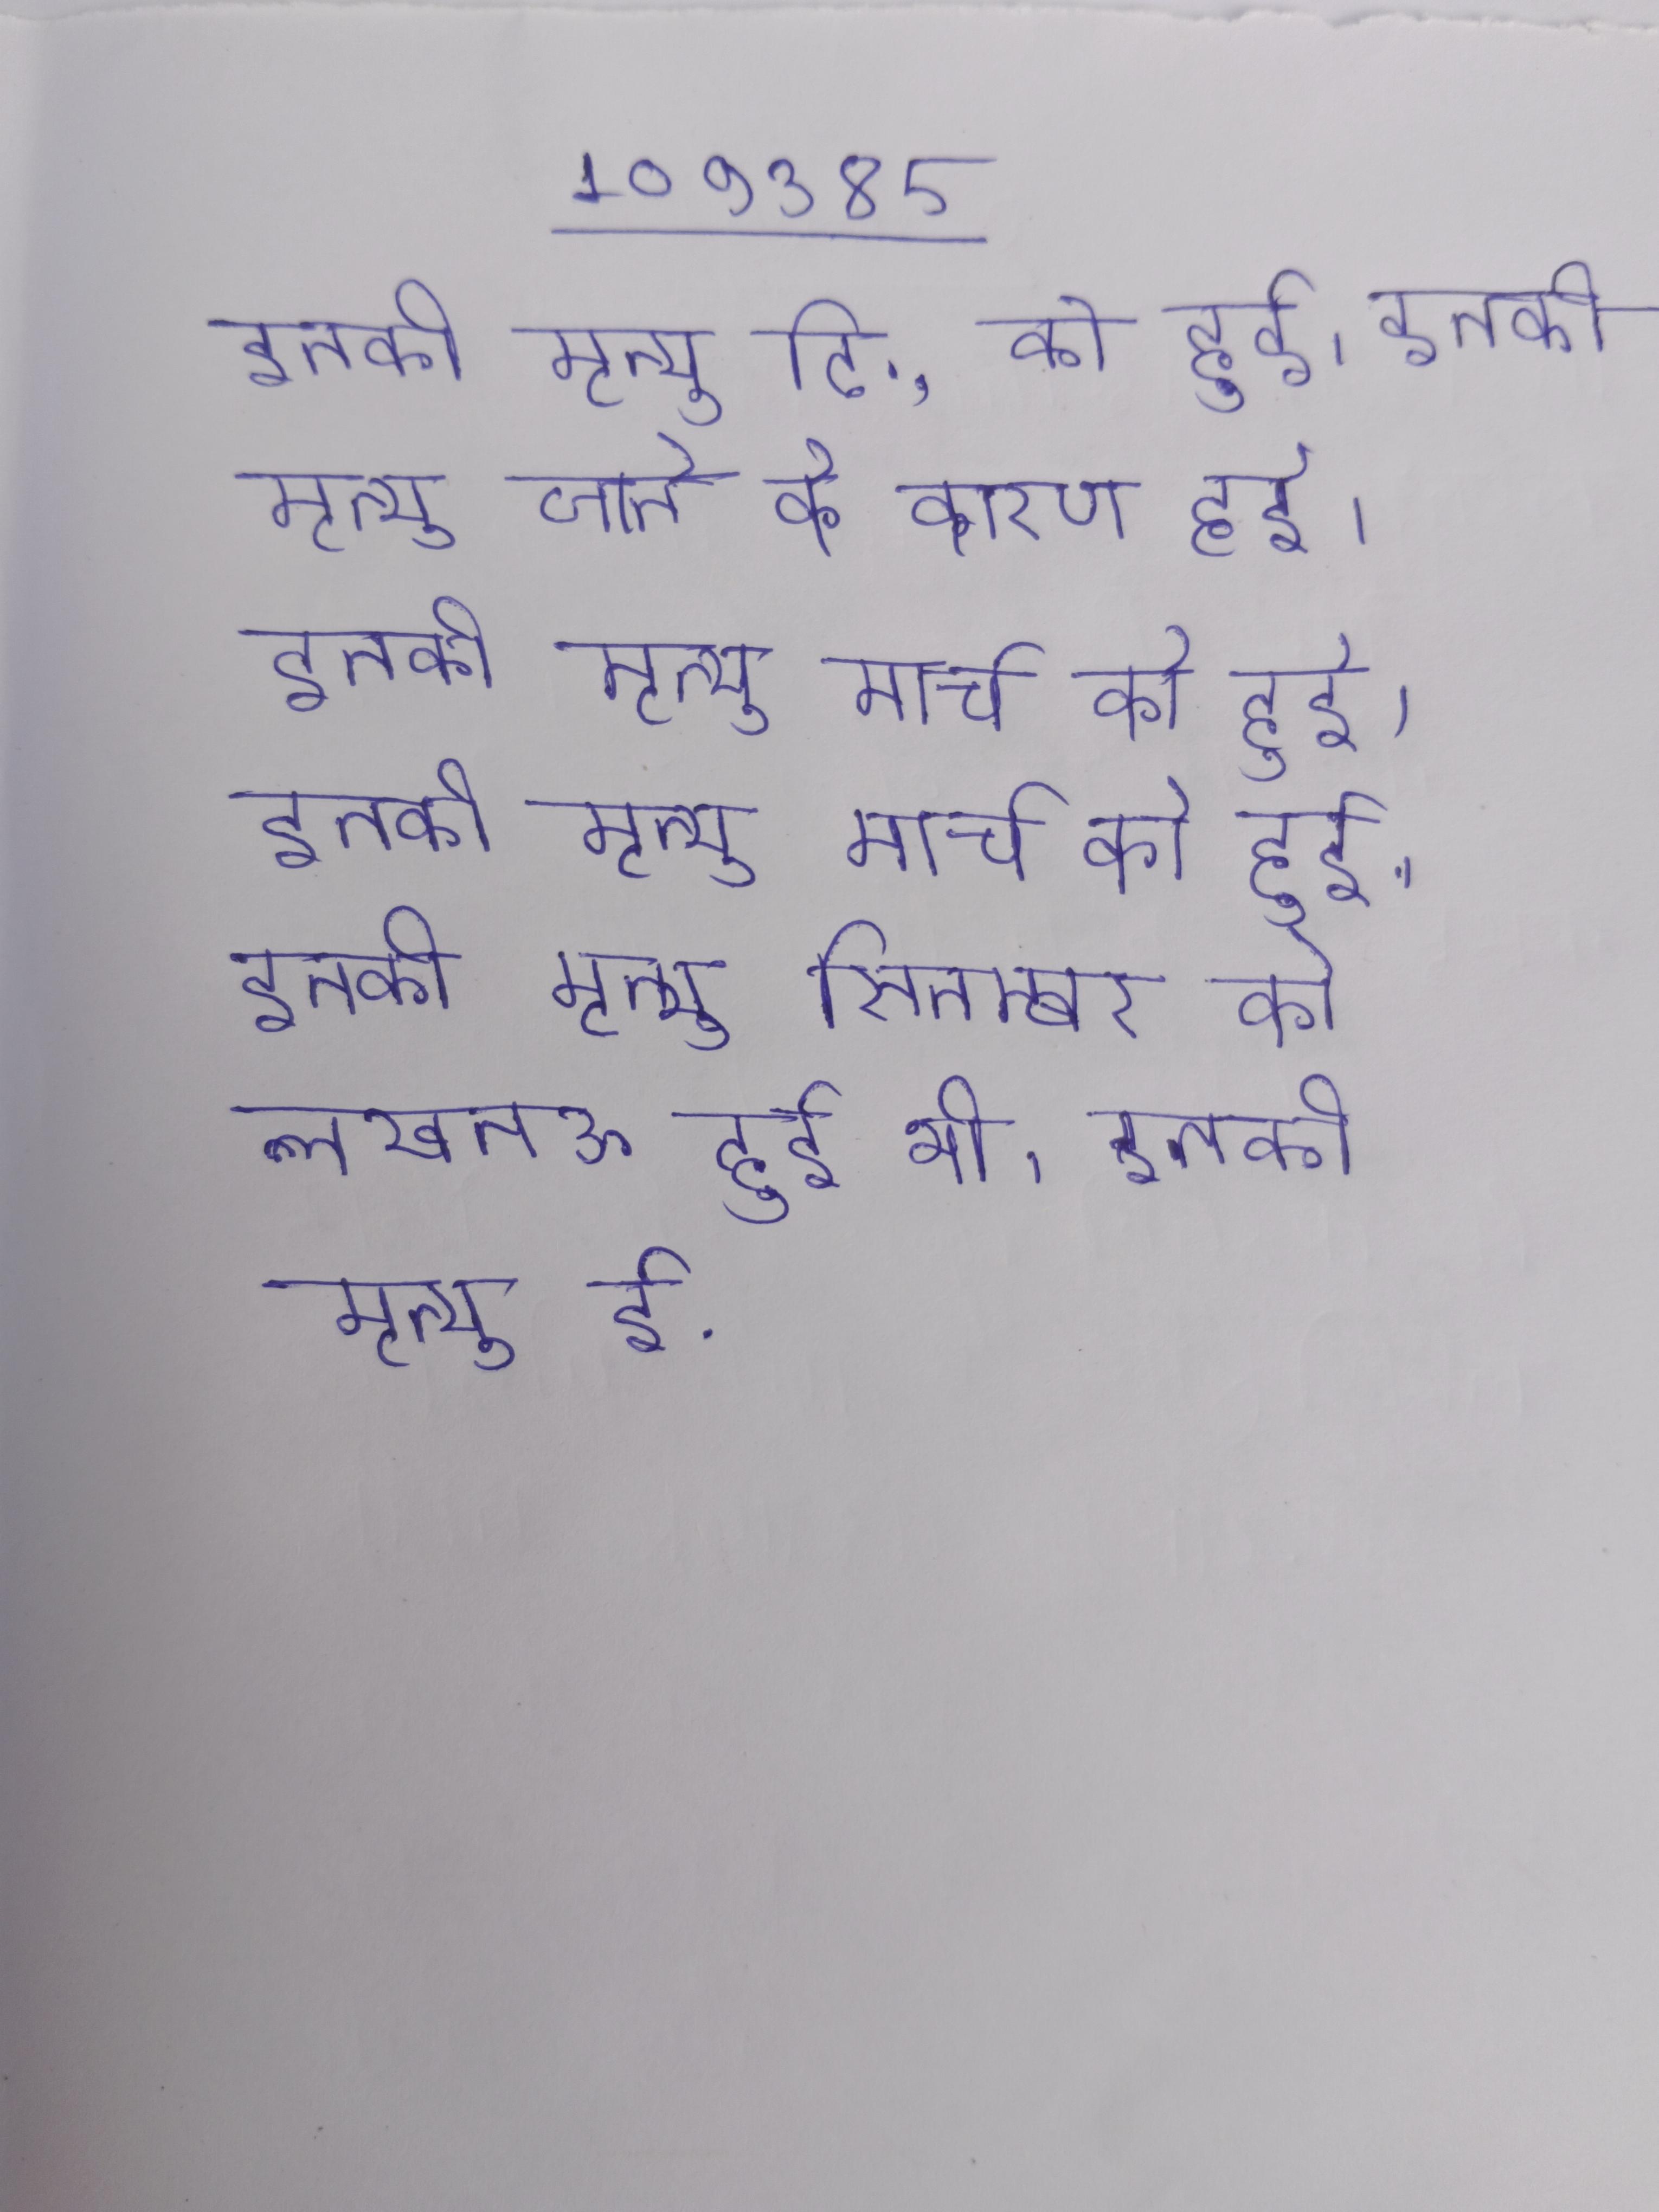
इनकी मृत्यु दि., को हुई । इनकी मृत्यु जनवरी को हुई । इनकी मृत्यु मार्च को हृदय गति रुक जाने के कारण हुई । इनकी मृत्यु मार्च को हुई । इनकी मृत्यु सितम्बर को लखनऊ हुई थी । इनकी मृत्यु ई.